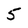
Character: 5